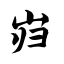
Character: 岿